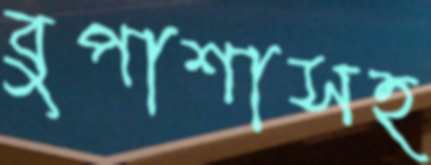
বুপাশাসহ